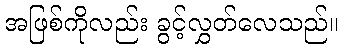
အဖြစ်ကိုလည်း ခွင့်လွှတ်လေသည်။